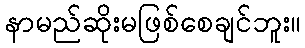
နာမည်ဆိုးမဖြစ်စေချင်ဘူး။